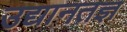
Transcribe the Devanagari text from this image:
उद्यानतज्ञ